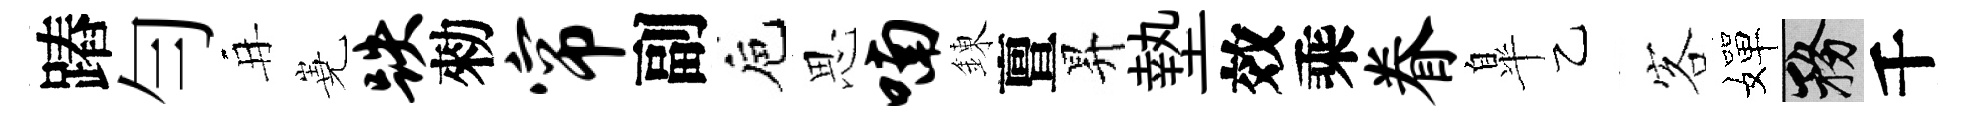
蹖勻再嶤跌勑帘副巵思喃錬亶昇墊效乘眷臯乙客嬋務千